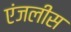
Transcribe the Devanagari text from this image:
एंजलीस